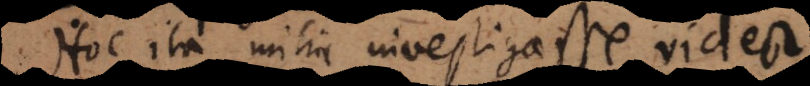
Hoc ita mihi investigasse videor.